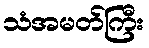
သံအမတ်ကြီး